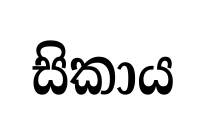
සිකාය